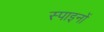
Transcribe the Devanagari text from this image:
स्पाइनों